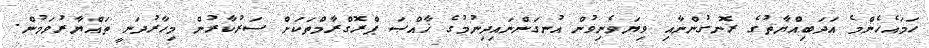
ހަމައެހެންމެ އަދަބިއްޔާތުގެ ރޮނގުންނާއި ވިޔަވެނިވުން އުނގަންނައިދިނުމުގެ ޚާއްޞަ ޕްރޮގްރާމްތަކަށް ސަރުކާރުން މިހާރުދަނީ ތައްޔާރުވަމުން.